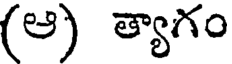
(ఆ) త్యాగం